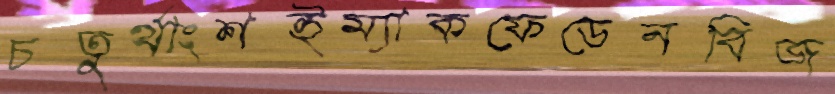
চতুর্থাংশইম্যাকফেডেনবিজ